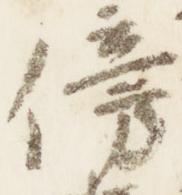
傍